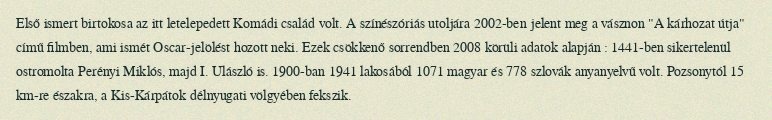
Első ismert birtokosa az itt letelepedett Komádi család volt. A színészóriás utoljára 2002-ben jelent meg a vásznon "A kárhozat útja" című filmben, ami ismét Oscar-jelölést hozott neki. Ezek csökkenő sorrendben 2008 körüli adatok alapján : 1441-ben sikertelenül ostromolta Perényi Miklós, majd I. Ulászló is. 1900-ban 1941 lakosából 1071 magyar és 778 szlovák anyanyelvű volt. Pozsonytól 15 km-re északra, a Kis-Kárpátok délnyugati völgyében fekszik.